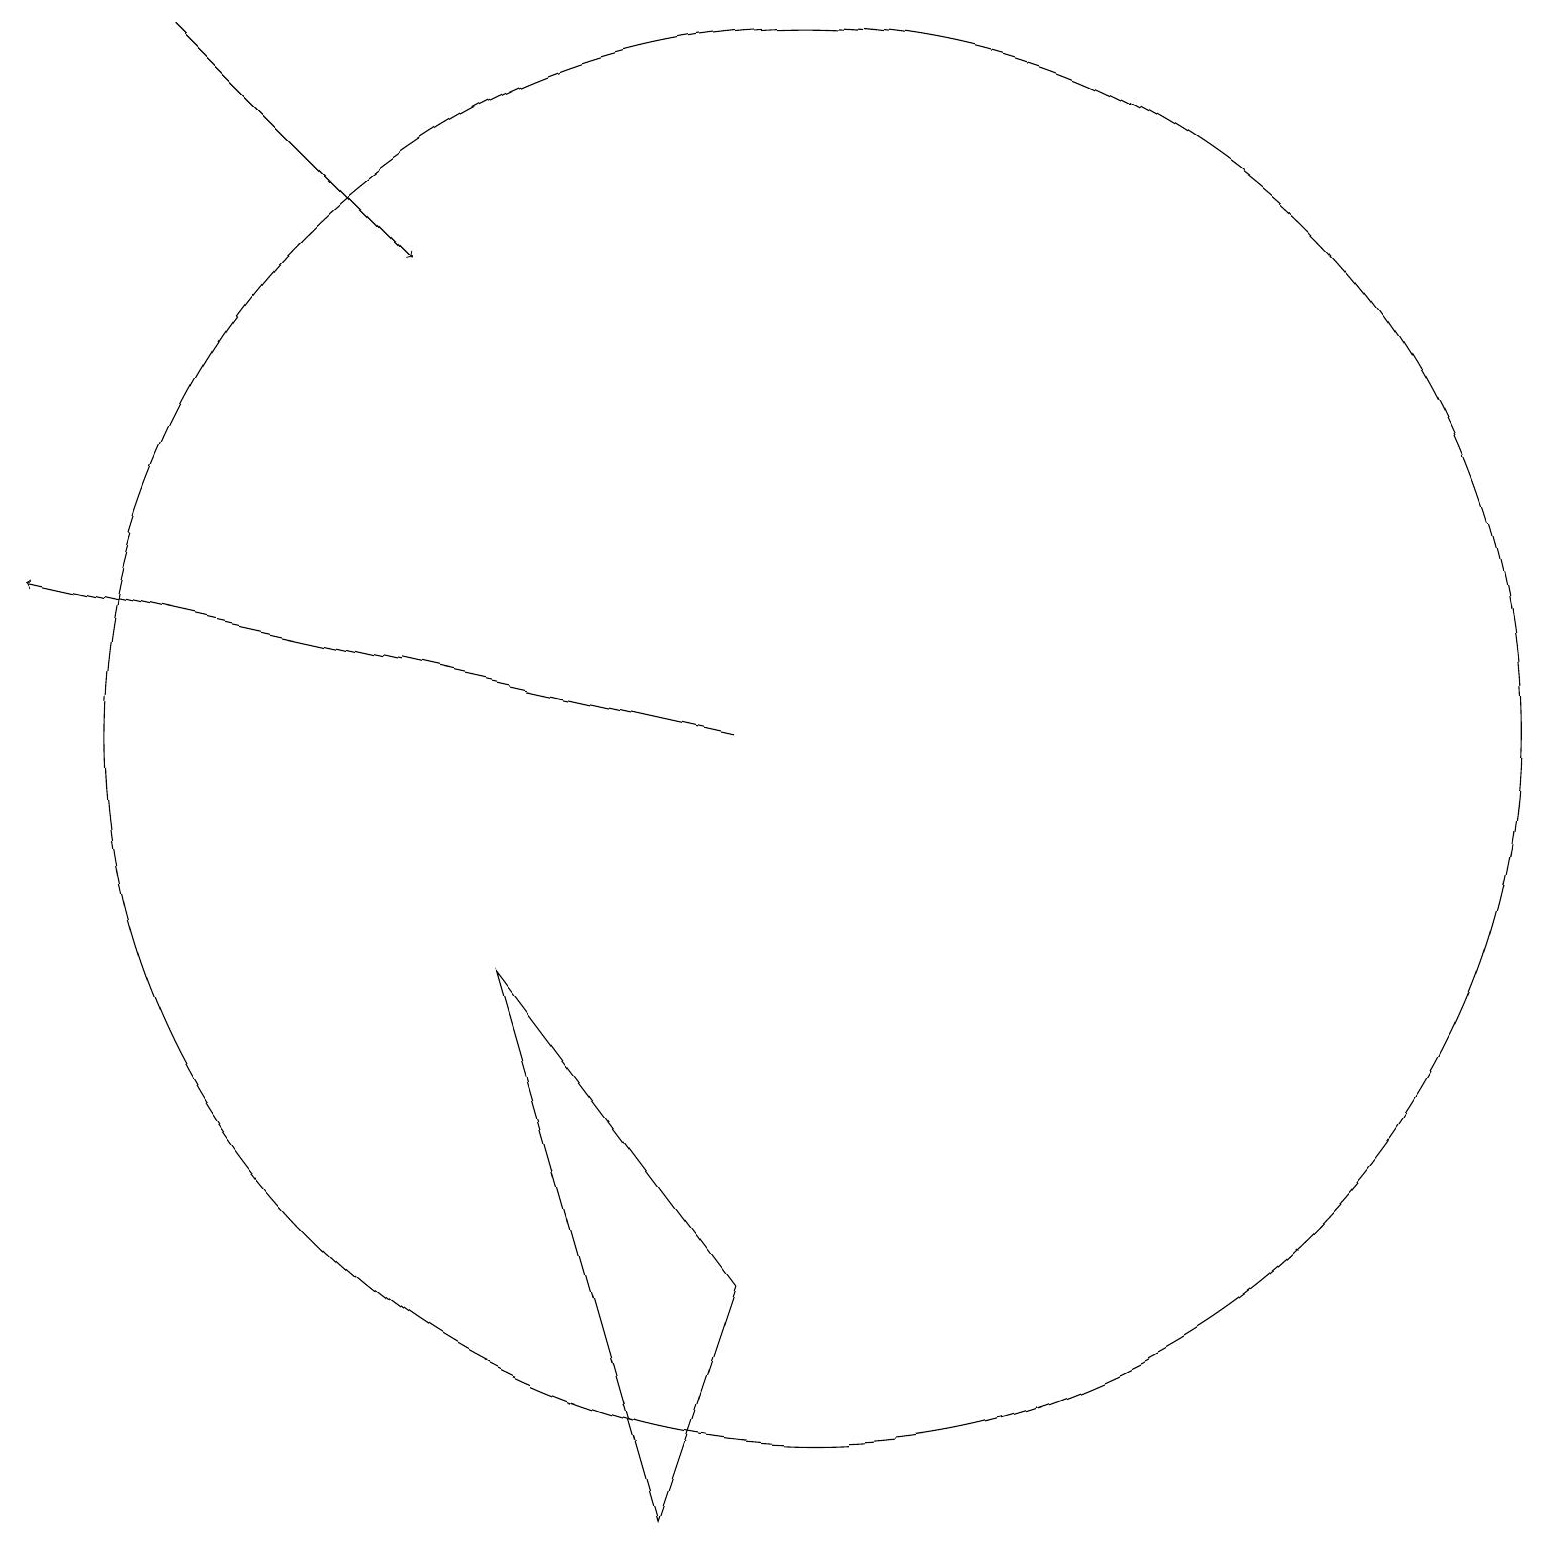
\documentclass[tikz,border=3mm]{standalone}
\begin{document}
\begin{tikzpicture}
\draw (8,0) -- (9,3) -- (6,7) -- cycle;
\draw[->] (9,10) -- (0,12);
\draw (10,10) circle (9);
\draw[->] (2,19) -- (5,16);
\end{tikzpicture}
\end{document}